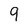
Character: 9